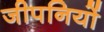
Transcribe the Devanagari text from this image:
जीपनियों